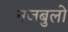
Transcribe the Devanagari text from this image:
नजबुलो